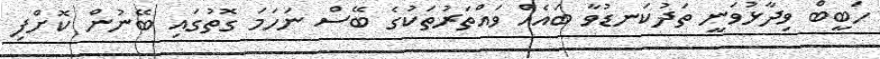
ހަބީބް ވިދާޅުވަނީ ތަދުކަނޑުވާ ބައެއް ވައްތަރުތަކުގެ ބޭސް ނަހަމަ ގޮތުގައި ބޭނުން ކޮށްފި